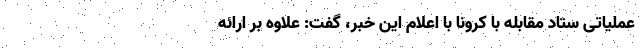
عملیاتی ستاد مقابله با کرونا با اعلام این خبر، گفت: علاوه بر ارائه